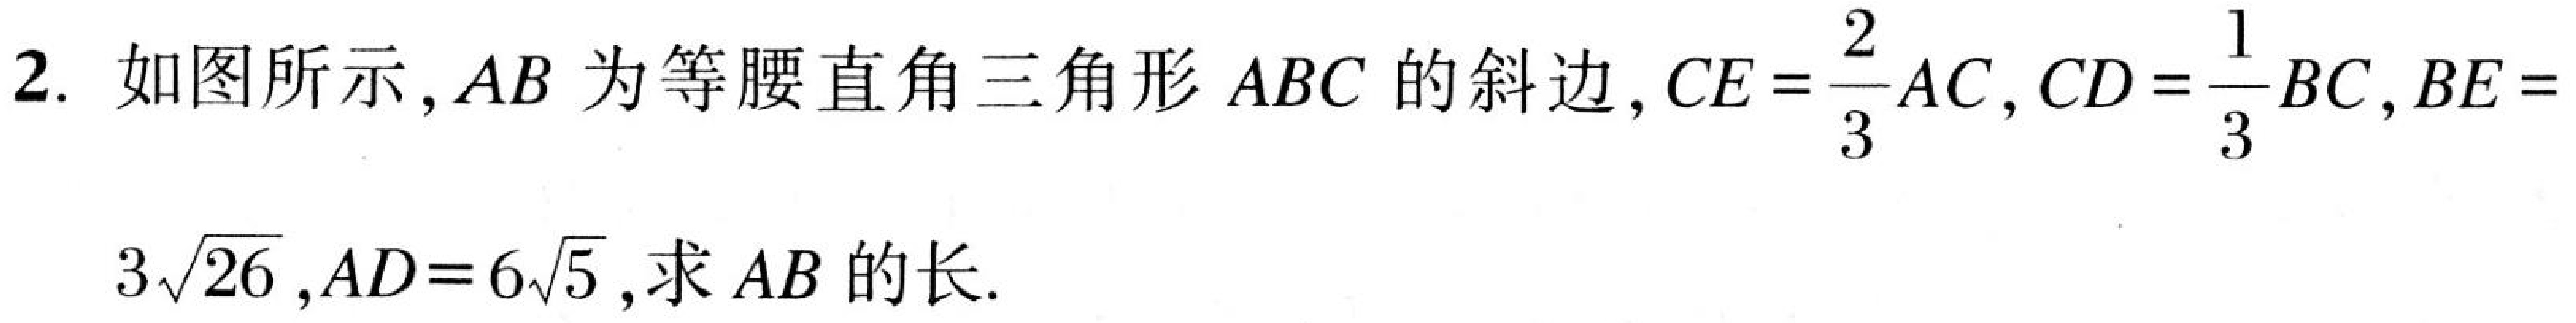
2. 如图所示，\(AB\)为等腰直角三角形\(ABC\)的斜边，\(CE = \frac{2}{3}AC\)，\(CD=\frac{1}{3}BC\)，\(BE = 3\sqrt{26}\)，\(AD = 6\sqrt{5}\)，求\(AB\)的长.